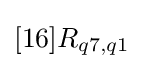
[16]R_{q7,q1}